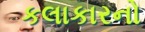
કલાકારનો